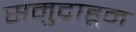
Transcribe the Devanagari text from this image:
समुद्राहून